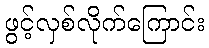
ဖွင့်လှစ်လိုက်ကြောင်း